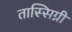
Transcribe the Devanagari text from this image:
तास्सिग्नी